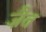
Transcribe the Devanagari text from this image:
ज़ैत